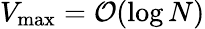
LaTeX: V_{\mathrm{max}}={\cal O}(\log N)